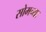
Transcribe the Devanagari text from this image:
सोमच्या